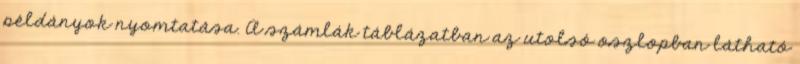
példányok nyomtatása. A számlák táblázatban az utolsó oszlopban látható